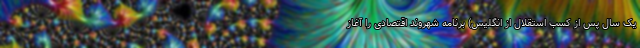
یک سال پس از کسب استقلال از انگلیس) برنامه شهروند اقتصادی را آغاز